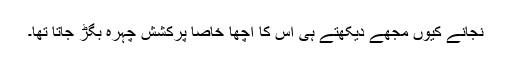
نجانے کیوں مجھے دیکھتے ہی اس کا اچھا خاصا پرکشش چہرہ بگڑ جاتا تھا۔